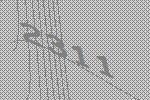
2311